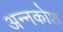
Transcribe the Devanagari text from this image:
अन्‍नकोश